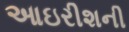
આઇરીશની